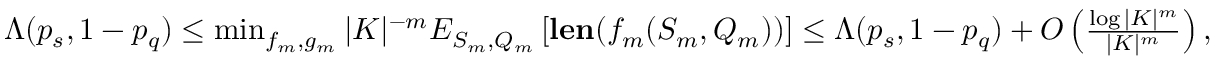
\begin{array} { r } { \Lambda ( p _ { s } , 1 - p _ { q } ) \leq \operatorname* { m i n } _ { f _ { m } , g _ { m } } | K | ^ { - m } E _ { S _ { m } , Q _ { m } } \left[ { \mathbf { l e n } ( f _ { m } ( S _ { m } , Q _ { m } ) ) } \right] \leq \Lambda ( p _ { s } , 1 - p _ { q } ) + O \left( \frac { \log | K | ^ { m } } { | K | ^ { m } } \right) , } \end{array}